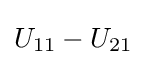
U_{11}-U_{21}